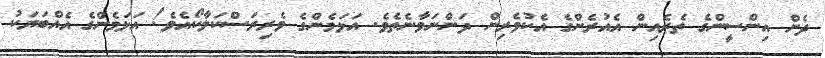
ދެން އިންސީންގެ ތެރެއިން އެއުރެންގެ އެކުވެރިން ދަންނަވާނެތެވެ. އަޅަމެންގެ ވެރިރަސްކަލާކޯއެވެ! އަޅަމެންގެ އެއްބަޔަކު